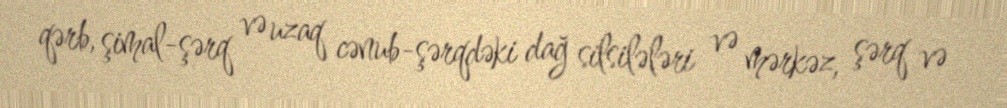
qərb, şimal-şərq və uzaq cənub-şərqdəki dağ silsilələri və mərkəz, şərq və